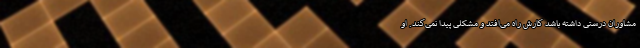
مشاوران درستی داشته باشد کارش راه می‌افتد و مشکلی پیدا نمی‌کند. او